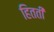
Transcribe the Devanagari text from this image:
हितती